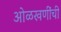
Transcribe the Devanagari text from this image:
ओळखणींची